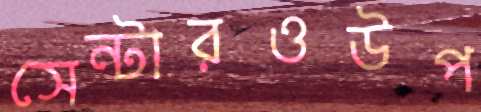
সেন্টারওউপ